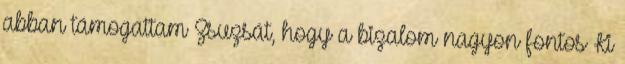
abban támogattam Zsuzsát, hogy a bizalom nagyon fontos Ki